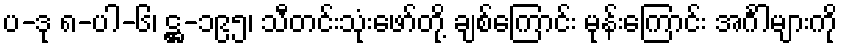
ပ-ဒု ၈-ပါ-၆၊ ဋ္ဌ-၁၉၅၊ သီတင်းသုံးဖော်တို့ ချစ်ကြောင်း မုန်းကြောင်း အင်္ဂါများကို